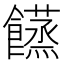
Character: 𩟘